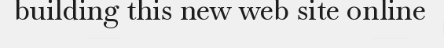
building this new web site online